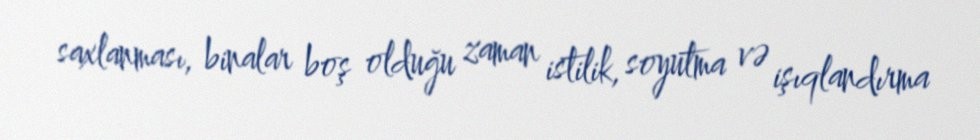
saxlanması, binalar boş olduğu zaman istilik, soyutma və işıqlandırma